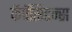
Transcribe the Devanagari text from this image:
कॅपॅसिटन्स